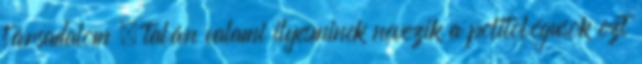
társadalom – talán valami ilyesminek nevezik a politológusok ezt